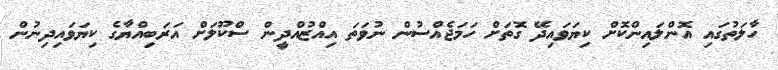
ހާލަތުގައި އޮންލައިންކޮށް ކިޔަވައިދޭ ގޮތަށް ހަމަޖެއްސުން ނުވަތަ އިއްޒުއްދީން ސްްކޫލަށް އަރަބިއްޔާގެ ކިޔަވައިދިނުން